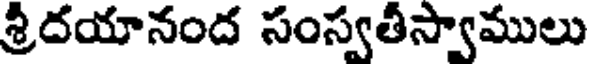
శ్రీదయానంద సంస్వతీస్వాములు